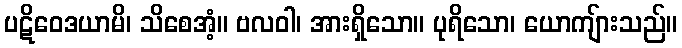
ပဋိဝေဒယာမိ၊ သိစေအံ့။ ဗလဝါ၊ အားရှိသော။ ပုရိသော၊ ယောကျ်ားသည်။